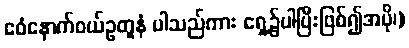
ဧဝံနောက်ဝယ်ဥတူနံ ပါသည်ကား ရှေ့၌ပါပြီးဖြစ်၍အပို၊)